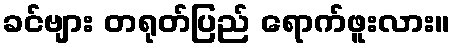
ခင်ဗျား တရုတ်ပြည် ရောက်ဖူးလား။